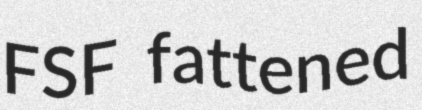
FSF fattened